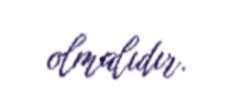
olmalıdır.